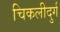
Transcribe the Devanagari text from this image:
चिकलीदुर्ग